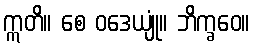
ဣတိ။ စေ ဝဒေယျုံ။ ဘိက္ခဝေ။